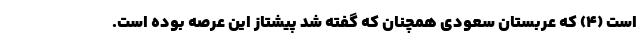
است (4) که عربستان سعودی همچنان که گفته شد پیشتاز این عرصه بوده است.